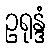
ဥရုန္ဒံ